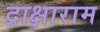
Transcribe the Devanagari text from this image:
द्राक्षाराम